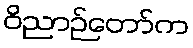
ဝိညာဉ်တော်က